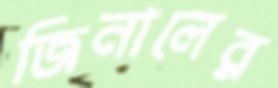
জিনালের